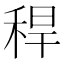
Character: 稈